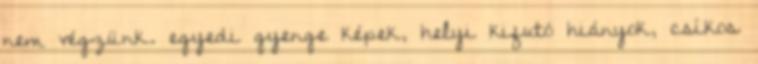
nem végzünk. egyedi gyenge képek, helyi kifutó hiányok, csíkos